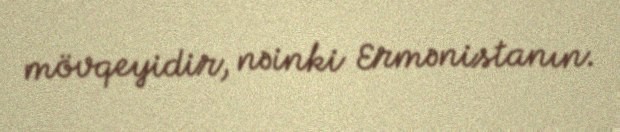
mövqeyidir, nəinki Ermənistanın.